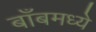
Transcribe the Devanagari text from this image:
बाँबमध्ये